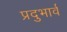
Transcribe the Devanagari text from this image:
प्रदुभार्व